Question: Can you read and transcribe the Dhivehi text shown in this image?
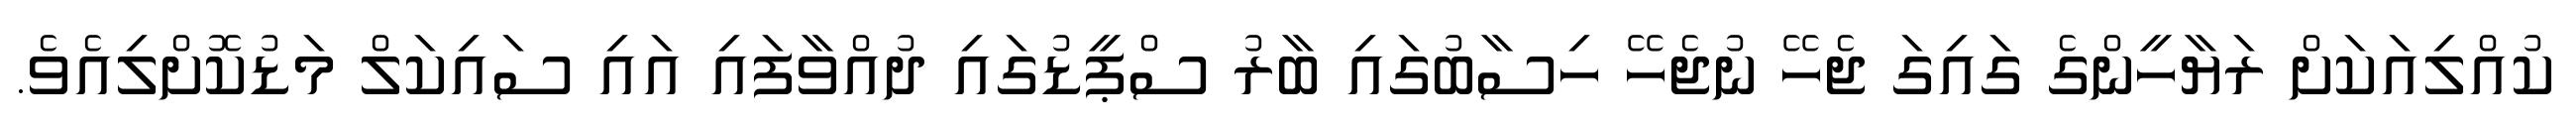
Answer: ކުއްލިއަކަށް ރަޔާހީންގެ ގައިގަ ޖެހޭ ނުޖެހޭ ހިސާބުގައި ބާރު ސްޕީޑުގައި ދުއްވާފައި އައި ސައިކަލް މަޑުކޮށްލިއެވެ.